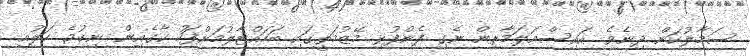
ސަމާލުކަން ދިނެވެ. އައިސްއަލަމާރިން ނެގި ފެންފުޅި މޭޒުމަތީގައި ބަހައްޓާލުމަށްފަހު ކާގެއިން ނިކުމެ